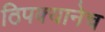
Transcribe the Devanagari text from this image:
ठिपक्यानेच